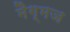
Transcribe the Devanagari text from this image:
मैग्मज